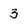
Character: 3